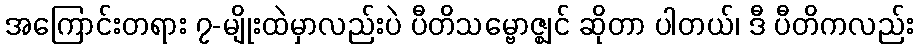
အကြောင်းတရား ၇-မျိုးထဲမှာလည်းပဲ ပီတိသမ္ဗောဇ္ဈင် ဆိုတာ ပါတယ်၊ ဒီ ပီတိကလည်း